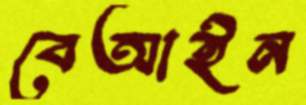
বেআইন